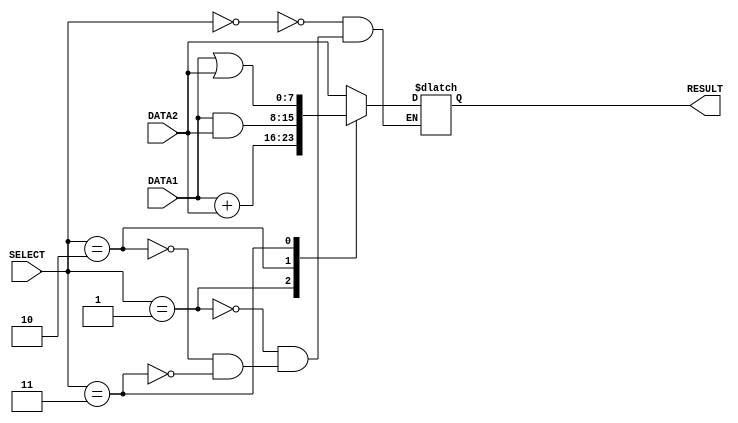

module alu(DATA1, DATA2, RESULT, SELECT);

input [2:0]SELECT;  //3bit wire for the select as input           
input  [7:0] DATA1, DATA2; //8bit  wire for DATA1 and DATA2 as input
output reg  [7:0]RESULT; //8bit register for RESULT as output

    always @ (SELECT, DATA1, DATA2)// always block with SELECT, DATA1, DATA2 in the sensitivity list
    case(SELECT) // switch case corespond to SELECT
        3'b000 :
            begin
                #1;
                RESULT = DATA2;        // Fowared operatiom  
            end
        3'b001 :begin
                #2;
                RESULT = DATA1 + DATA2; // add operation
            end
        3'b010 :begin
                #1;
                RESULT = DATA1 & DATA2; // and operation
            end
        3'b011 :begin
                #1;
                RESULT = DATA1 | DATA2; // or operation
            end
    endcase
        
endmodule